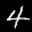
Label: 4